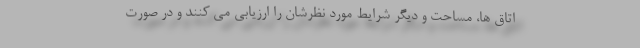
اتاق ها، مساحت و دیگر شرایط مورد نظرشان را ارزیابی می کنند و در صورت